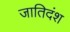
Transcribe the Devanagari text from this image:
जातिदंश